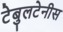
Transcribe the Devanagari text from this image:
टेबुलटेनीस